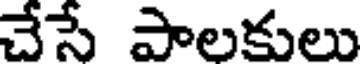
చేసే పాలకులు